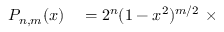
\begin{array} { r l } { P _ { n , m } ( x ) } & { { } = 2 ^ { n } ( 1 - x ^ { 2 } ) ^ { m / 2 } \ \times } \end{array}